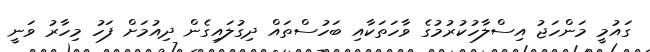
ގައުމީ މަންހަޖު އިސްލާހުކުރުމުގެ ވާހަތަކާއި ބަހުސްތައް ދިގުލައިގެން ދިއުމަށް ފަހު މިހާރު ވަނީ